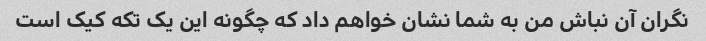
نگران آن نباش من به شما نشان خواهم داد که چگونه این یک تکه کیک است